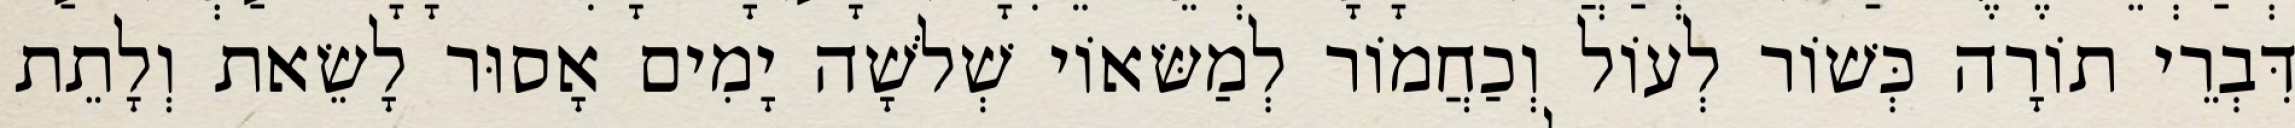
דִּבְרֵי תוֹרָה כְּשׁוֹר לְעוֹל וְכַחֲמוֹר לְמַשּׂאוֹי שְׁלֹשָׁה יָמִים אָסוּר לָשֵׂאת וְלָתֵת